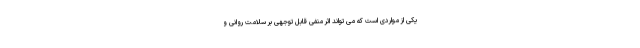
یکی از مواردی است که می تواند اثر منفی قابل توجهی بر سلامت روانی و